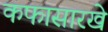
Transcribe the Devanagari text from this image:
कफासारखे